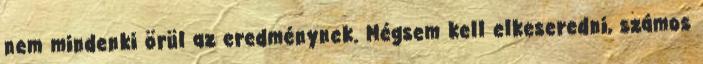
nem mindenki örül az eredménynek. Mégsem kell elkeseredni, számos